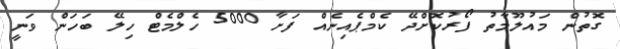
ގޮތުން މައުލޫމާތު ފޯރުކޮށްދޭ ކެމްޕެއިނެއް ފަށާ 5000 ހެލްމެޓް ހިލޭ ބަހަން ވަނީ